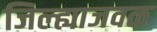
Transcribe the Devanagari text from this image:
जिल्ह्याजवळ